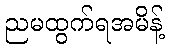
ညမထွက်ရအမိန့်